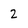
Character: 2